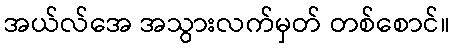
အယ်လ်အေ အသွားလက်မှတ် တစ်စောင်။